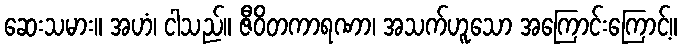
ဆေးသမား။ အဟံ၊ ငါသည်။ ဇီဝိတကာရဏာ၊ အသက်ဟူသော အကြောင်းကြောင့်။